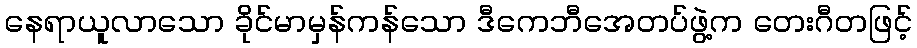
နေရာယူလာသော ခိုင်မာမှန်ကန်သော ဒီကေဘီအေတပ်ဖွဲ့က တေးဂီတဖြင့်